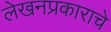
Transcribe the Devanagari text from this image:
लेखनप्रकाराचे